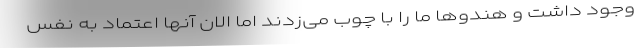
وجود داشت و هندوها ما را با چوب می‌زدند اما الان آنها اعتماد به نفس